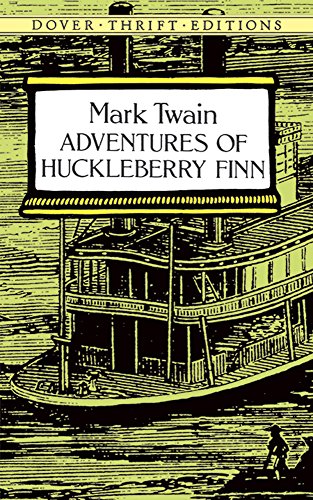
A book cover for Adventures of Huckleberry Finn; Mark Twain; Literature & Fiction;